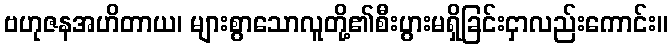
ဗဟုဇနအဟိတာယ၊ များစွာသောလူတို့၏စီးပွားမရှိခြင်းငှာလည်းကောင်း။